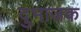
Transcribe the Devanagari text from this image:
दुभाजक